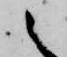
之